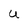
Character: U